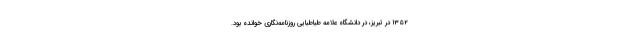
۱۳۵۲ در تبریز، در دانشگاه علامه طباطبایی روزنامه‌نگاری خوانده بود.